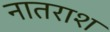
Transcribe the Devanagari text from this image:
नातराश